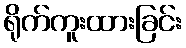
ရိုက်ကူးထားခြင်း